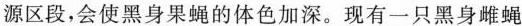
源区段，会使黑身果蝇的体色加深。现有一只黑身雌蝇